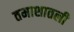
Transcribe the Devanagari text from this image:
तमाशातली